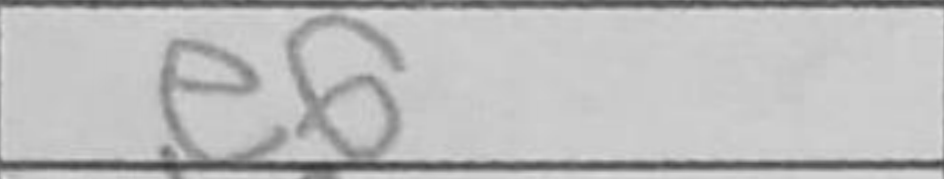
Transcription: e6